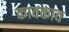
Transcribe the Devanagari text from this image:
कावकाव